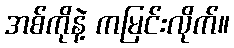
အစ်ကိုနဲ့ ကမြင်းလိုက်။